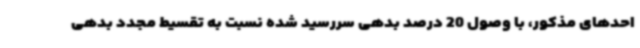
احدهای مذکور، با وصول 20 درصد بدهی سررسید شده نسبت به تقسیط مجدد بدهی